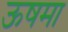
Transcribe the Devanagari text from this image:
ऊषमा